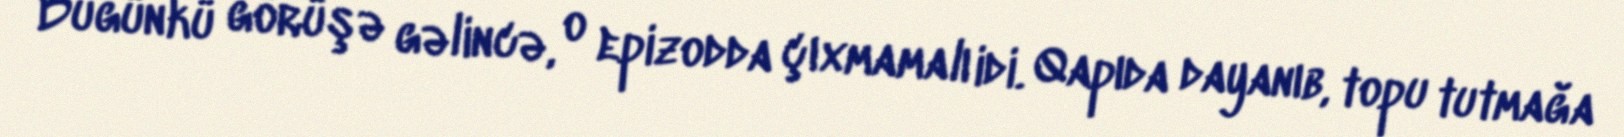
Bugünkü görüşə gəlincə, o epizodda çıxmamalı idi. Qapıda dayanıb, topu tutmağa